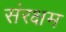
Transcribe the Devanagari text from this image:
संरक्षम